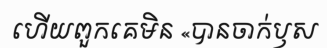
ហើយពួកគេមិន «បានចាក់ឫស